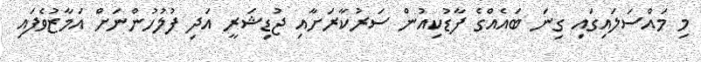
މި މައްސަލައިގައި ގިނަ ބައެއްގެ ފާޑުކިއުން ސަރުކާރަށާއި ޖުޑިޝަރީ އަދި ފުލުހުންނަށް އަމާޒުވެފައި